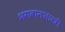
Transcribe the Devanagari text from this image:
भगवानशास्त्री